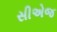
સીએજ